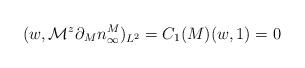
LaTeX: \begin{align*}(w,\mathcal{M}^z\partial_M n_\infty^M)_{L^2}=C_1(M)(w,1)=0\end{align*}